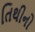
તિથીનો